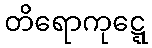
တိရောကုဋ္ဋေ